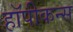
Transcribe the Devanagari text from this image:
हॉपीकन्स